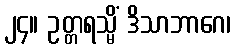
၂၄။ ဥတ္တရသ္မိံ ဒိသာဘာဂေ၊